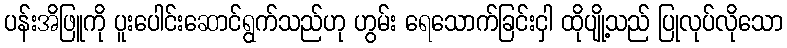
ပန်းအိဖြူကို ပူးပေါင်းဆောင်ရွက်သည်ဟု ဟွမ်း ရေသောက်ခြင်းငှါ ထိုပျို့သည် ပြုလုပ်လိုသော